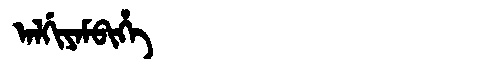
Manchu: ᠠᠯᡤᡳᠶᠠᠮᠪᡳᡥᡝ
Romanization: ALGIYAMBIHE